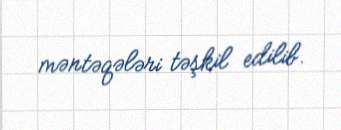
məntəqələri təşkil edilib.